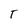
Character: T